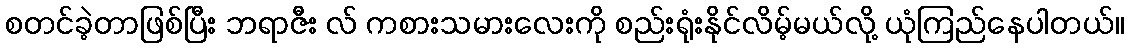
စတင်ခဲ့တာဖြစ်ပြီး ဘရာဇီး လ် ကစားသမားလေးကို စည်းရုံးနိုင်လိမ့်မယ်လို့ ယုံကြည်နေပါတယ်။